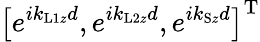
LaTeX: \left[e^{ik_{\mathrm{L1}z}d},e^{ik_{\mathrm{L2}z}d},e^{ik_{\mathrm{S}z}d}\right]^{\mathrm{T}}